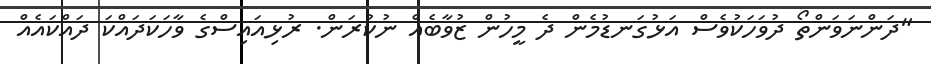
"ދަންނަވަންތޯ ދުވަހަކުވެސް އަޅުގަނޑުމެން ދެ މީހުން ޒުވާބެއް ނުކުރަން. ރުޅިއައިސްގެ ވާހަކަދައްކަ ދައްކައެއް